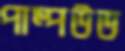
পাম্পউড